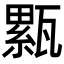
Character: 𤮉